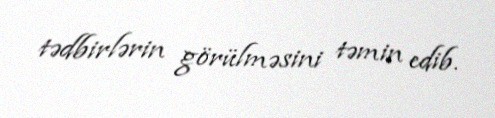
tədbirlərin görülməsini təmin edib.